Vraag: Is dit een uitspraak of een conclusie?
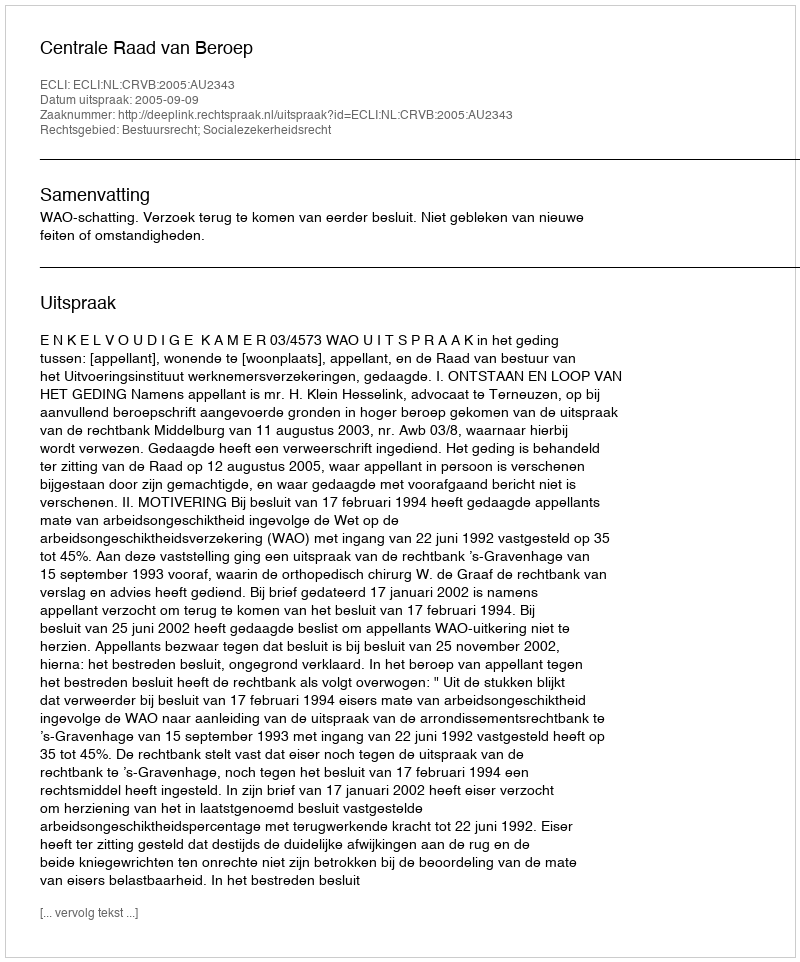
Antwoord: Uitspraak